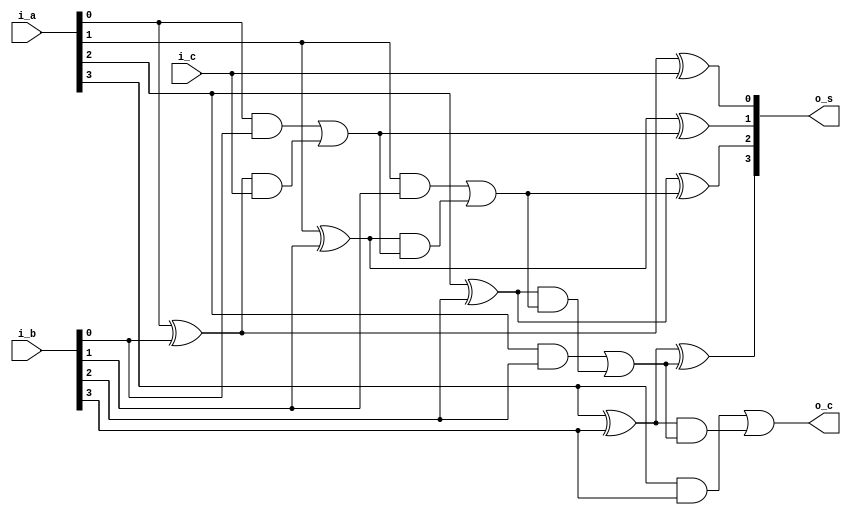
module fa_4bit
(
	output		 [3:0]	o_s,
	output				o_c,
	input		[3:0]	i_a,
	input		[3:0]	i_b,
	input				i_c
);

wire [3:0]	p;
wire [3:0]	g;
wire [3:0]	c;
wire [2:0]	ff_c;

assign p[0] = i_a[0] ^ i_b[0];
assign p[1] = i_a[1] ^ i_b[1];
assign p[2] = i_a[2] ^ i_b[2];
assign p[3] = i_a[3] ^ i_b[3];

assign g[0] = i_a[0] & i_b[0];
assign g[1] = i_a[1] & i_b[1];
assign g[2] = i_a[2] & i_b[2];
assign g[3] = i_a[3] & i_b[3];

assign ff_c[0] = g[0] | (p[0] & i_c);
assign ff_c[1] = g[1] | (p[1] & ff_c[0]);
assign ff_c[2] = g[2] | (p[2] & ff_c[1]);
assign o_c = g[3] | (p[3] & ff_c[2]);

assign o_s[0] = i_a[0] ^ i_b[0] ^ i_c;
assign o_s[1] = i_a[1] ^ i_b[1] ^ ff_c[0];
assign o_s[2] = i_a[2] ^ i_b[2] ^ ff_c[1];
assign o_s[3] = i_a[3] ^ i_b[3] ^ ff_c[2];

endmodule